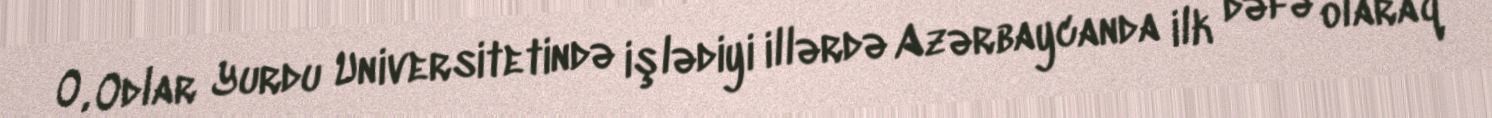
O, Odlar Yurdu Universitetində işlədiyi illərdə Azərbaycanda ilk dəfə olaraq